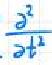
$\frac{\partial^{2}}{\partial t^{2}}$